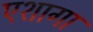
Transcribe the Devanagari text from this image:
एशागा